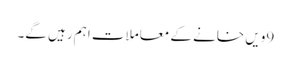
9ویں خانے کے معاملات اہم رہیں گے۔